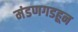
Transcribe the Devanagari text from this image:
मंडणगडहून